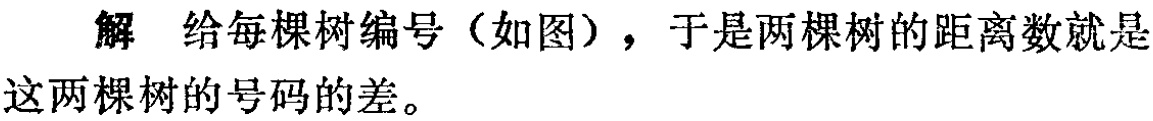
解 给每棵树编号（如图），于是两棵树的距离数就是这两棵树的号码的差。